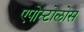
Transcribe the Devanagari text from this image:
एपोस्टोलोस